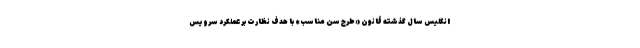
انگلیس سال گذشته قانون «طرح سن مناسب» با هدف نظارت بر عملکرد سرویس